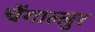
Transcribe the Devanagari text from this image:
चेंगाल्लुर